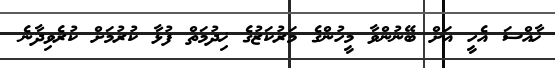
ޚާއްސަ އެހީ އަށް ބޭނުންވާ މީހުންގެ މަރުކަޒުގެ ޚިދުމަތް ފުޅާ ކުރުމަށް ކުރެވިދާނެ